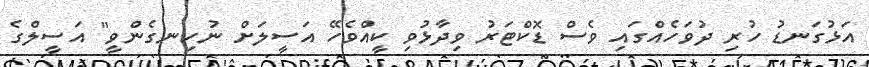
އަޅުގަނޑު ހުރި ދުވަހެއްގައި ވެސް ޑޮކްޓަރު ވިދާޅުވި ކީއްވެހޭ އަސީލަށް ނުހިނގެންވީ" އަސީލްގެ